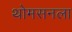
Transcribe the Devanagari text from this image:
थोमसनला